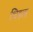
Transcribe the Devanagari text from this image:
थिडल